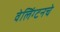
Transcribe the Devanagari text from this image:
वेलिंग्टनचे